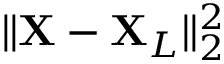
\| \mathbf { X } - \mathbf { X } _ { L } \| _ { 2 } ^ { 2 }